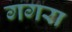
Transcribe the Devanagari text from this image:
गगरा